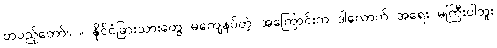
တပည့်တော်။ ။ နိုင်ငံခြားသားတွေ မကျေနပ်တဲ့ အကြောင်းက ဒါလောက် အရေး မကြီးပါဘူး